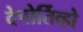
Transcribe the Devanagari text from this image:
देपोर्तिव्हो